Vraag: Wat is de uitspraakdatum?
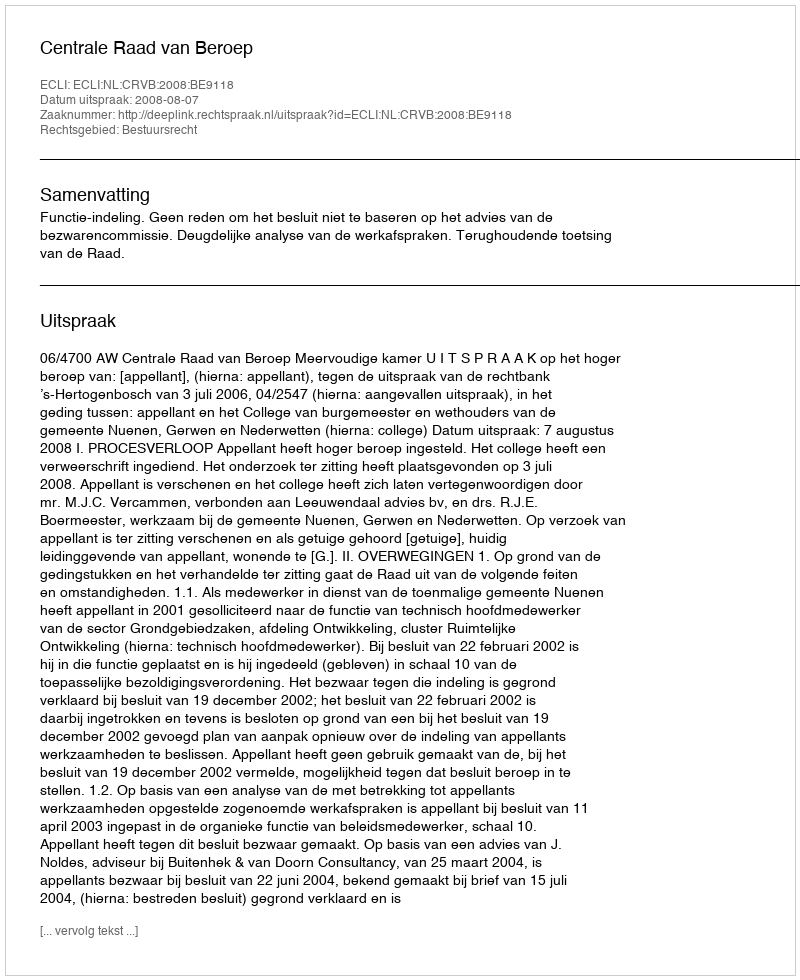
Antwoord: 2008-08-07